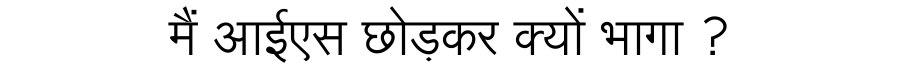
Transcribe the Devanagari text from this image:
मैं आईएस छोड़कर क्यों भागा ?